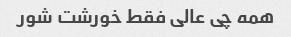
همه چی عالی فقط خورشت شور